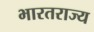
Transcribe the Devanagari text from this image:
भारतराज्य